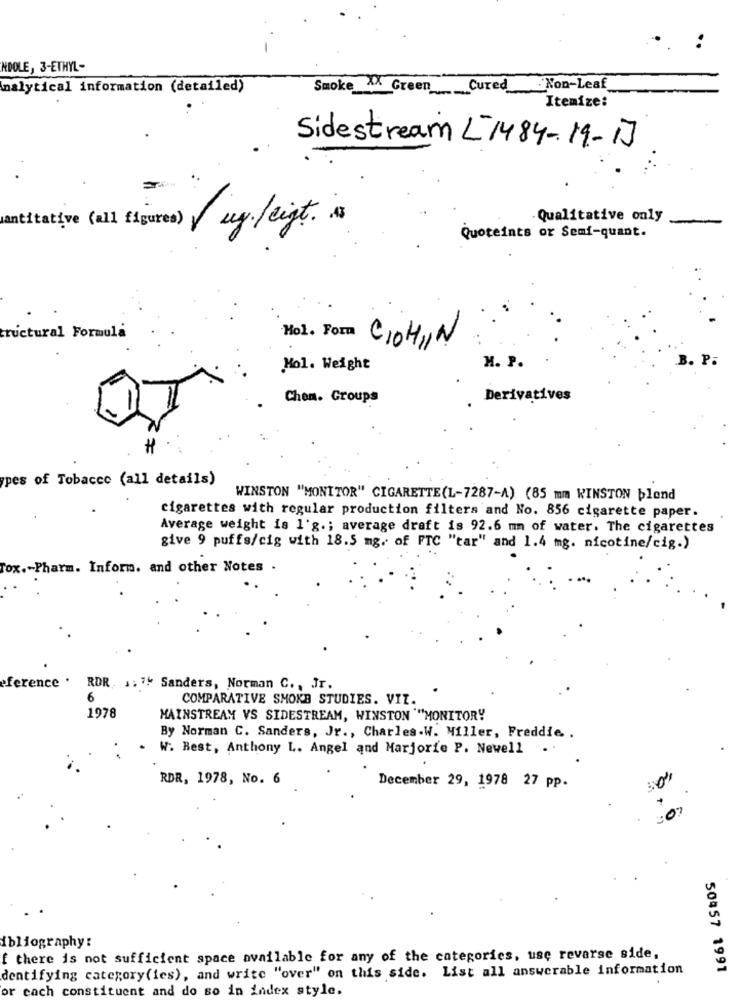
NDOLE, 3-ETHYL-
nalytical information (detailed)
Smoke AX Green Cured Non-Leaf
Itemize:
Sidestream L-1484-19-1]
Qualitative only
antitative (all figures) uy./eigt ..
Quoteints or Semi-quant.
tructural Formula
Hol. Form CIOH,IN
B. P.
Mol. Weight
M. P.
Chem. Groups
Derivatives
pes of Tobacco (all details)
WINSTON "MONITOR" CIGARETTE(L-7287-A) (85 mm KINSTON blond
cigarettes with regular production filters and No. 856 cigarette paper.
Average weight is l'g .; average draft is 92.6 mm of water. The cigarettes
give 9 puffs/cig with 18.5 mg. of FTC "tar" and 1.4 mg. nicotine/cig.)
Tox .- Pharm. Inform. and other Notes .
ference .
RDR .: 7* Sanders, Norman C ., Jr.
6
COMPARATIVE SMOKE STUDIES. VIT.
1978
MAINSTREAM VS SIDESTREAM, WINSTON ""MONITORY
By Norman C. Sanders, Jr ., Charles.W. Miller, Freddie. .
W. Best, Anthony L. Angel and Marjorie P. Newell
RDR, 1978, No. 6
December 29, 1978 27 pp.
ibliography:
f there is not sufficient space available for any of the categories, use revarse side,
dentifying category(ies), and write "over" on this side. List all answerable information
50457 1991
or each constituent and do so in index style.